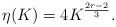
\begin{align*} \eta(K) = 4 K^{\frac{2r-2}{3}}.\end{align*}